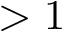
> 1